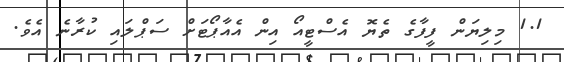
1.1 މިލިޔަން ފީފާގެ ތެޔޮ އެސްޓީއޯ އިން އެއާޕޯޓަށް ސަޕްލައި ކުރާނެ އެވެ.